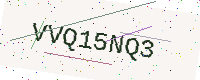
Text: VVQ15NQ3